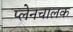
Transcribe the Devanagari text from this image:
प्लेनचालक